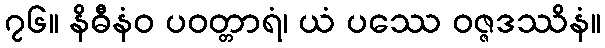
၇၆။ နိဓီနံဝ ပဝတ္တာရံ၊ ယံ ပဿေ ဝဇ္ဇဒဿိနံ။